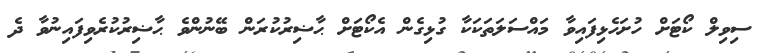
ސިވިލް ކޯޓަށް ހުށަހެޅިފައިވާ މައްސަލަތަކަކާ ގުޅިގެން އެކޯޓަށް ޙާޟިރުކުރަން ބޭނުންވެ ޙާޟިރުކުރެވިފައިނުވާ ދެ